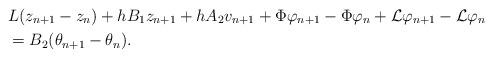
LaTeX: \begin{align*}&L(z_{n+1} - z_{n}) + hB_{1}z_{n+1} + hA_{2}v_{n+1} + \Phi\varphi_{n+1} - \Phi\varphi_{n} + {\cal L}\varphi_{n+1} - {\cal L}\varphi_{n} \\ &= B_{2} (\theta_{n+1} - \theta_{n}). \end{align*}